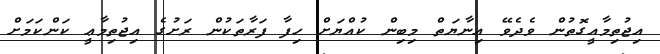
އިޖުތިމާއީގޮތުން ވެދެވޭ ޢިނާޔަތް މިބިން ކުއްޔަށް ހިފާ ފަރާތަކުން ރަށުގެ އިޖުތިމާޢީ ކަންކަމަށް